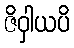
ဇိဝှါယပိ